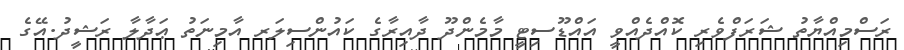
ރަސްމިއްޔާތު ޝަރަފްވެރި ކޮއްދެއްވީ އައްޑޫސިޓީ މާމެންދޫ ދާއިރާގެ ކައުންސިލަރ އާމިނަތު ޢަދާލާ ރަޝީދު.އޭގެ